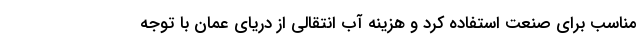
مناسب برای صنعت استفاده کرد و هزینه آب انتقالی از دریای عمان با توجه